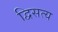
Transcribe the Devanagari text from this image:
द्विसत्य